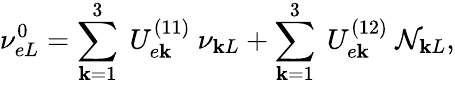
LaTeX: \nu_{eL}^{0}=\sum_{\mathbf{k}=1}^{3}~U_{e\mathbf{k}}^{(11)}~\nu_{\mathbf{k}L}+\sum_{\mathbf{k}=1}^{3}~U_{e\mathbf{k}}^{(12)}~\mathcal{N}_{\mathbf{k}L},